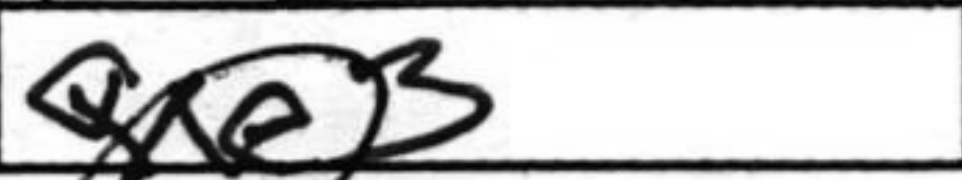
Transcription: Qxe3